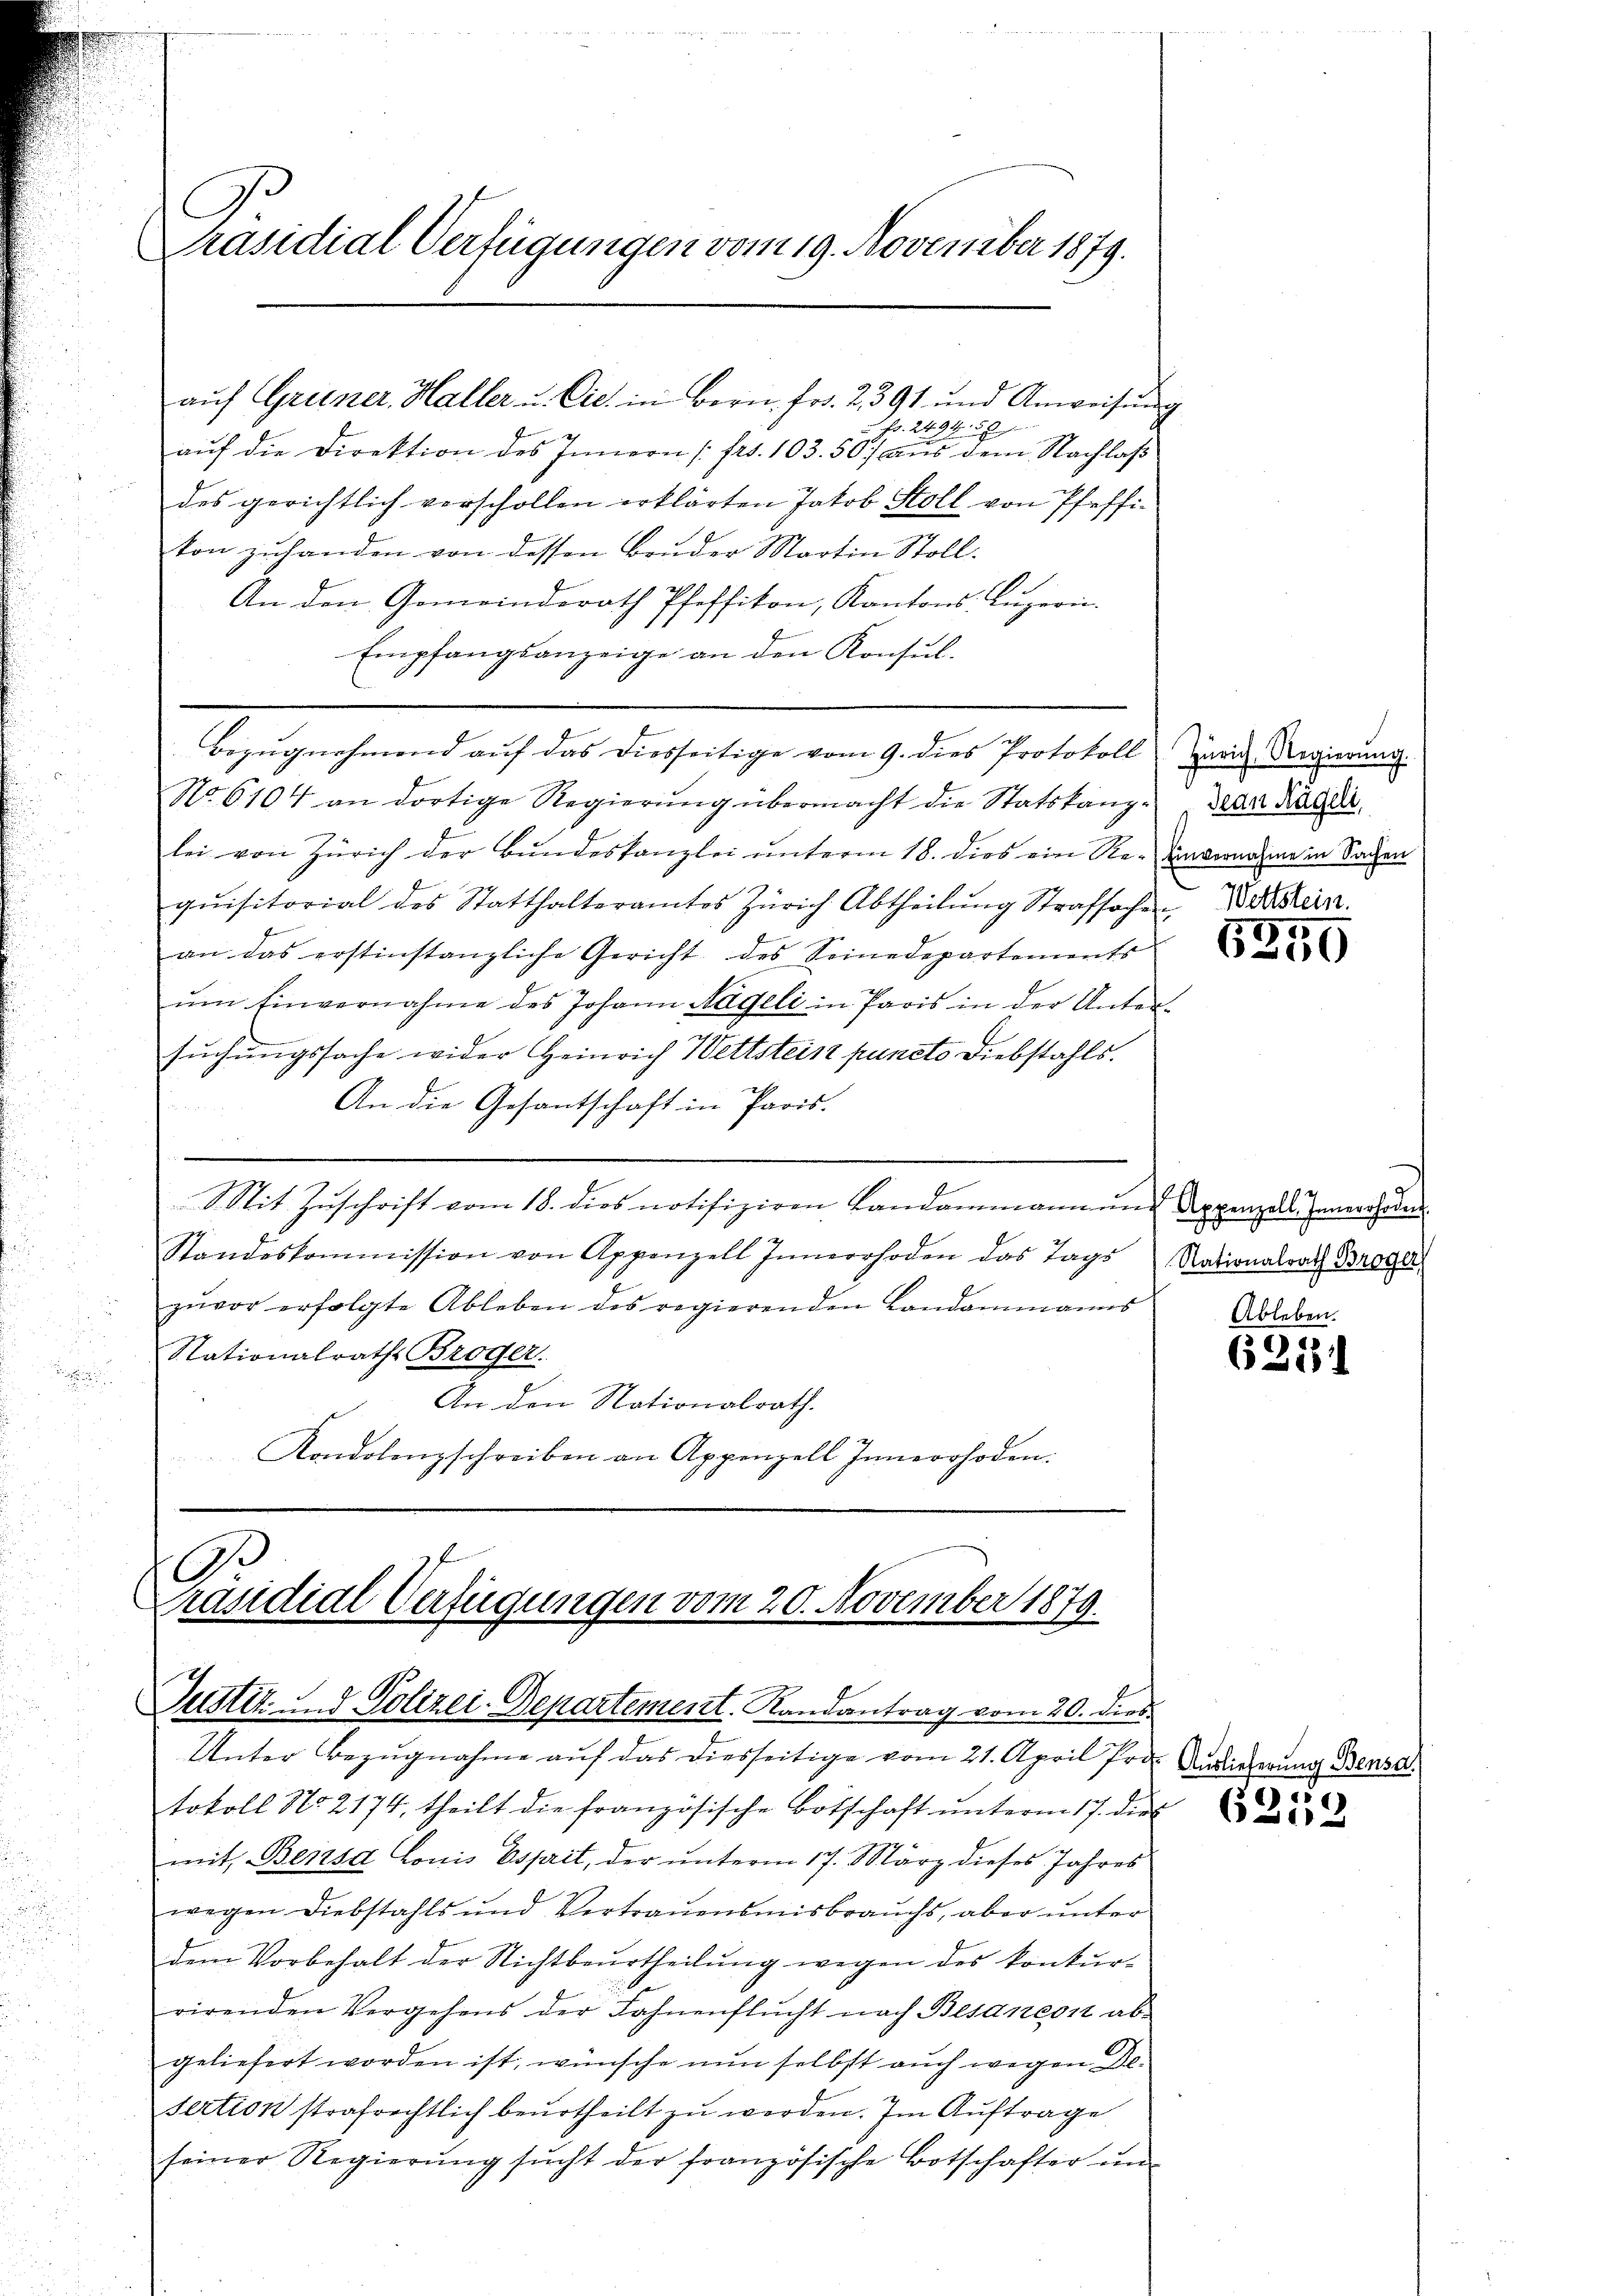
Präsidial-Verfügungen vom 19. November 1879.

Fr. 2494. 58
aŭf die Direktion des Innern (frs. 103. 50. aŭs dem Nachlaβ
des gerichtlich verschollen erklärten Jakob Stoll von Pfeffiton zuhanden von dessen Bruder Martin Stoll¬
An den Gemeindsrath Pfeffikon, Kantons Luzern.
Empfangsanzeige an den Konsul-
Bezŭgnehmend auf das diesseitige vom 9. dies Protokoll Zürich Regierung.
No 6104 an dortige Regierŭng übermacht die Statskanz-Jean Rande
lei von Zürich der Bundeskanzlei unterm 18. dies ein Re- unvernahme in Sachen
qŭisitorial des Statthalteramtes Zürich Abtheilŭng Strafsachen,
an das erstinstanzliche Gericht des Seinedepartements
ŭm Einvernahme des Johann Nägeli in Paris in der Unter-
sŭchŭngssache wider Heinrich Wettstein puncto Diebstahls.
An die Gesantschaft in Paris.
Mit Zŭschrift vom 18. dies notifiziren Landammann ŭm Appenzell Innerrhoden
Standeskommission von Appenzell Innerrhoden das Tags
zŭvor erfolgte Ableben des regierenden Landammanns
Nationalraths Broger.
.
An den Nationalrath.
Kondolenzschreiben an Appenzell Innerrhoden.

aŭf Gruner, Haller u. Cie. in Bern fr. 2391 und Anweisŭng

A.
Präsidial Verfügungen vom 20. November 1879.
Justiz - Polizei-Departement. Randantrag vom 20. dies

Wettstein.

Unter Bezugnahme auf das diesseitige vom 21. April Pro. Ludie
tokoll No 2174. theilt die französische Botschaft ŭnterm 17. dies
mit Benzsd Louis Esprit, der unterm 17. März dieses Jahres
wegen Diebstahls und Vertrauensmisbrauchs, aber unter
dem Vorbehalt der Nichtbeŭrtheilŭng wegen des konkur-
virenden Vergehens der Fahnenflucht nach Besaneon abgeliefert worden ist, wünsche nun selbst auch wegen De-
sertion strafrechtlich beurtheilt zu werden. Im Auftrage
seiner Regierŭng sŭcht der französische Botschafter ŭm

5259

Nationalrath Broger,
Ableben.

6351

5
62

Bensa